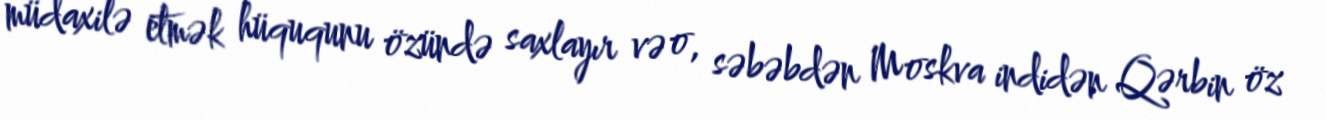
müdaxilə etmək hüququnu özündə saxlayır və o, səbəbdən Moskva indidən Qərbin öz